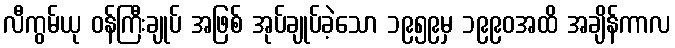
လီကွမ်ယု ဝန်ကြီးချုပ် အဖြစ် အုပ်ချုပ်ခဲ့သော ၁၉၅၉မှ ၁၉၉၀အထိ အချိန်ကာလ